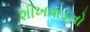
શીખવાડતો